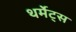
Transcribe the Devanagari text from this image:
थर्मेट्स